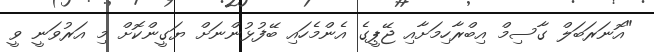
"އޮނަރަބަލް ގާސިމް އިބްރާހިމަށާއި ޖޭޕީގެ އެންމެހައި ބޭފުޅުންނަށް ޔަގީންކޮށް މި އަރުވަނީ ވީ